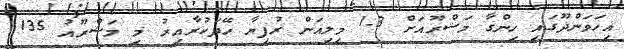
އިހަވަންދޫގައި ހިންގާ މަޝްރޫއަށް 1.3 މިލިއަން ރުފިޔާ ހޭދަކުރާއިރު މި މަޝްރޫއު 135